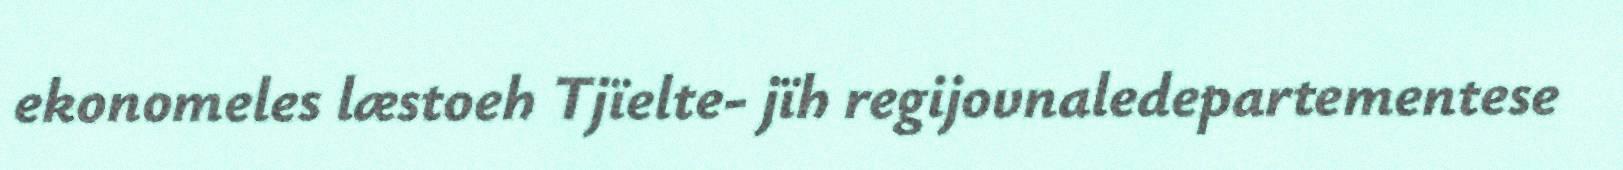
ekonomeles læstoeh Tjïelte- jïh regijovnaledepartementese